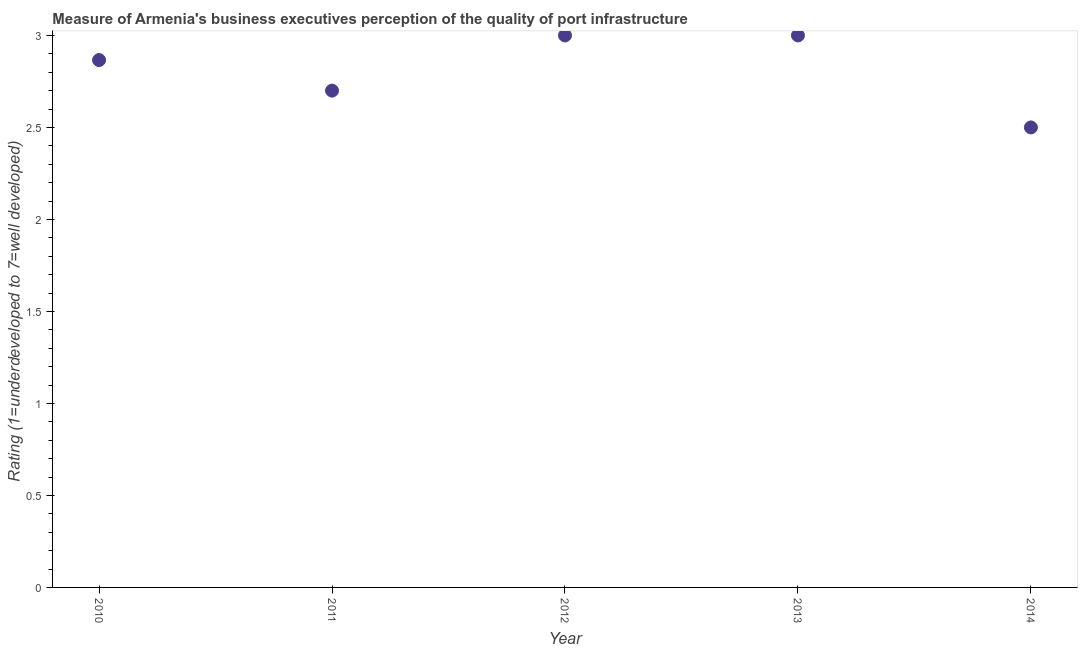
| Year | Quality of port infrastructure |
 | --- | --- |
 | 2010 | 2.87 |
 | 2011 | 2.7 |
 | 2012 | 3 |
 | 2013 | 3 |
 | 2014 | 2.5 |